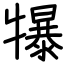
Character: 犦